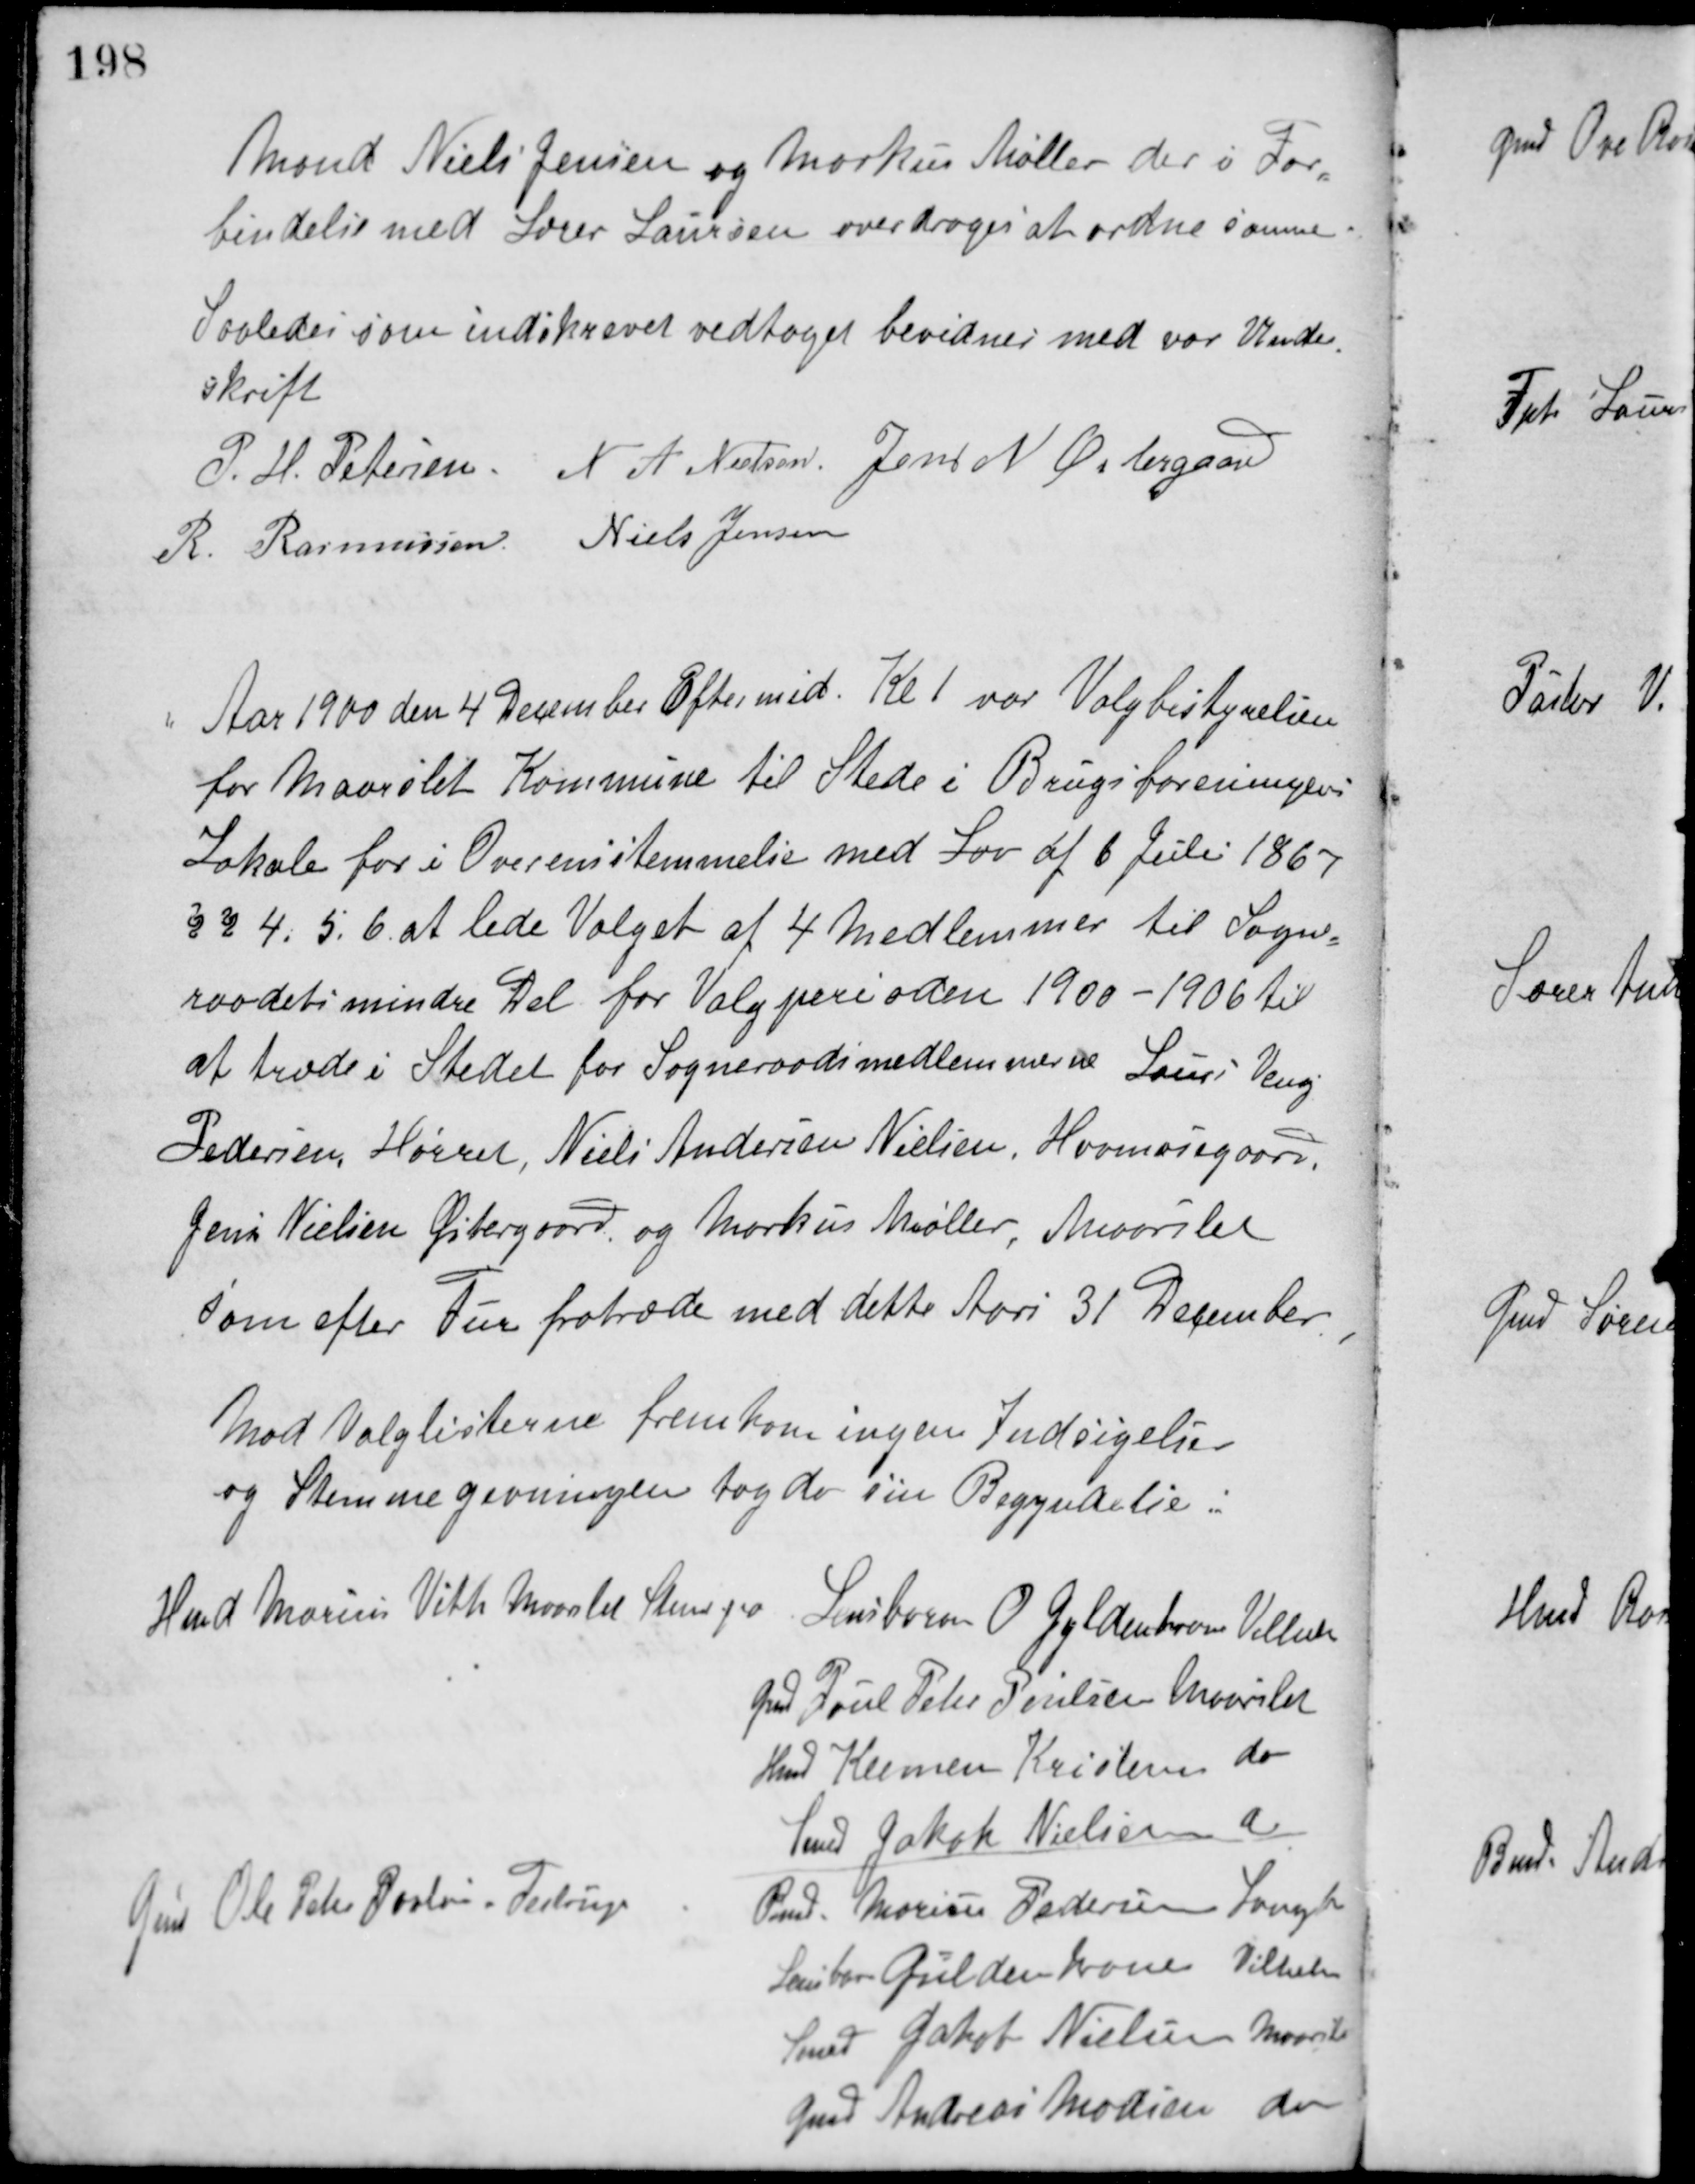
Transskription:
Mand Niels Jensen og Markus Møller der i For-
bindelse med Lærer Laursen overdroges at ordne samme.
Saaledes som indskrevet vedtaget bevidnes med vor Under-
skrift
P. H. Petersen N. A. Nielsen Jens N. Østergaard
R. Rasmussen Niels Jensen
"Aar 1900 den 4 December Eftermid. Kl. 1 var Valgbestyrelsen
for Maarslet Kommune til Stede i Brugsforeningens
Lokale for i Overensstemmelse med Lov af 6 Juli 1867
§§ 4, 5 6 at lede Valget af 4 Medlemmer til Sogne-
raadets mindre Del for Valgperioden 1900-1906 til
at træde i Stedet for Sogneraadsmedlemmerne Laurs Veng
Pedersen, Hørret, Niels Andersen Nielsen, Havmosegaard,
Jens Nielsen Østergaard og Markus Møller, Maarslet
som efter Fur fratræder med dette Aars 31 December.
Mod Valglisterne fremkom ingen Indsigelser
og Stemmegivningen tog da sin Begyndelse".
Hmd. Marius Vith, Maarslet Stemte paa Lensbaron O. Gyldenkrone, Vilhmb
Grd. Poul Peter Poulsen, Maarslet
Hmd. Klemen Kristensen, do
Smed Jakob Nielsen, do
Gmd. Ole Peter Hasle, Testrup
Gmd. Marius Pedersen, Langballe
Lensbaron Gyldenkrone, Vilhelm
Smed Jakob Nielsen, Maarslet
Gmd. Andreas Madsen, do